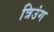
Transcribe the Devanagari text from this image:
त्रिउंग